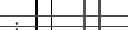
: